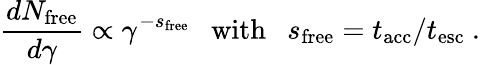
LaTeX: \frac{dN_{\mathrm{free}}}{d\gamma}\propto\gamma^{-s_{\mathrm{free}}}~~~\mathrm{with}~~~s_{\mathrm{free}}=t_{\mathrm{acc}}/t_{\mathrm{esc}}~.